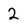
Character: 2